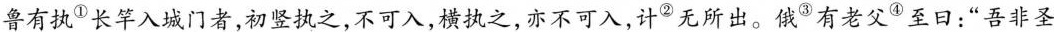
鲁有执^{①}长竿入城门者，初竖执之，不可入，横执之，亦不可入，计^{②}无所出。俄^{③}有老父^{④}至日：”吾非圣